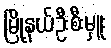
မြို့နယ်ဦးစီးမှူး